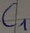
Text: C1